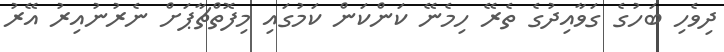
ދިވެހި ބަހުގެ ގަވާއިދުގެ ތެރޭ ހިމެނޭ ކަންކަން ކަމުގައި މިފޮތްޗާޕަށް ނެރުނުއިރު އޭރު